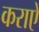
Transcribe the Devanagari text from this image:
कराऐ